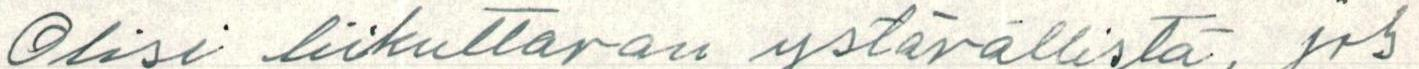
Olisi liikuttavan ystävällistä, jos